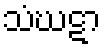
သံဃဋာ